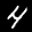
Label: 4